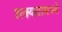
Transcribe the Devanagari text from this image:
शक्यतांमध्ये